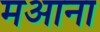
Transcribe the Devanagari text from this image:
मआना